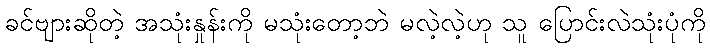
ခင်ဗျားဆိုတဲ့ အသုံးနှုန်းကို မသုံးတော့ဘဲ မလဲ့လဲ့ဟု သူ ပြောင်းလဲသုံးပုံကို